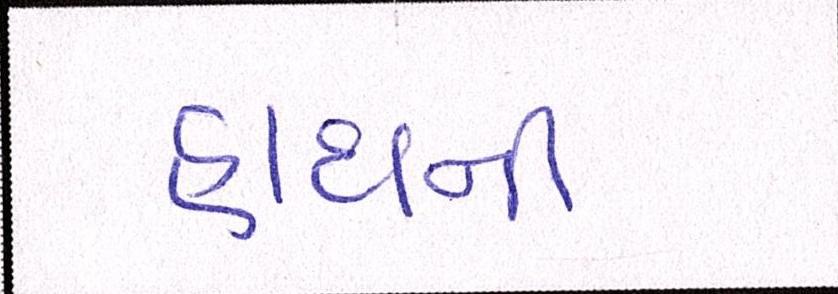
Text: હાથની